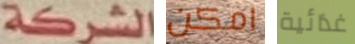
الشركة امكن غذائية